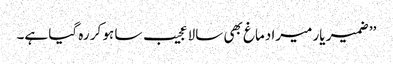
’’ ضمیر یار میرا دماغ بھی سالا عجیب سا ہو کر رہ گیا ہے۔